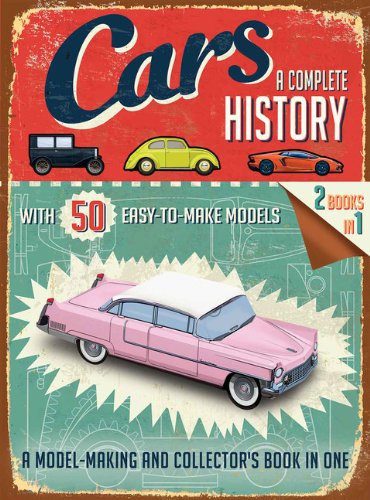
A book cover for Cars: A Complete History; Simon Heptinstall; Engineering & Transportation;